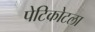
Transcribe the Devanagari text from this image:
पेटिकोटला